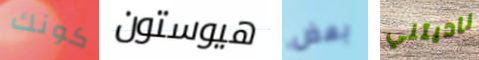
كونك هيوستون بعض ناديتني